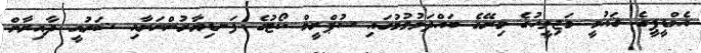
އެމްޑީޕީގެ ޤައުމީ މަޖިލީހުގެ މިރޭގެ ބައްދަލުވުމުގައި ސުޕްރީމް ކޯޓުގެ ފަނޑިޔާރުންނަށާއި ޝަރުއީ ދާއިރާށް